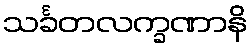
သင်္ခတလက္ခဏာနိ